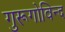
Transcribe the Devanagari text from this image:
गुरूगोविन्द